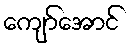
ကျော်အောင်